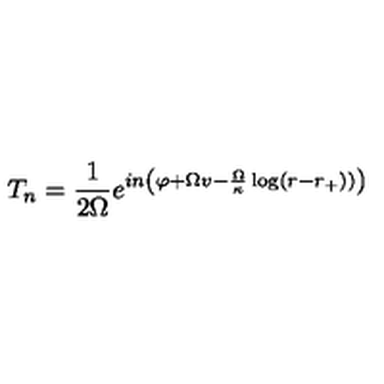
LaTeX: T _ { n } = \frac { 1 } { 2 \Omega } e ^ { i n \left( \varphi + \Omega v - \frac { \Omega } { \kappa } \log ( r - r _ { + } ) ) \right) }